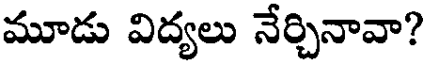
మూడు విద్యలు నేర్చినావా?